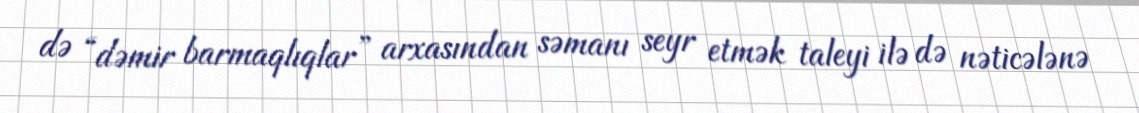
də “dəmir barmaqlıqlar” arxasından səmanı seyr etmək taleyi ilə də nəticələnə